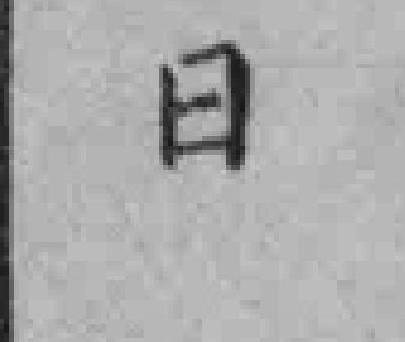
日